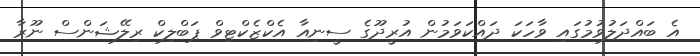
އެ ބައްދަލުވުމުގައި ވާހަކަ ދައްކަވަމުން އުރީދޫގެ ސީނިއާ އެކްޒެކްޓިވް ޕަބްލިކް ރިލޭޝަންސް ނޫރާ